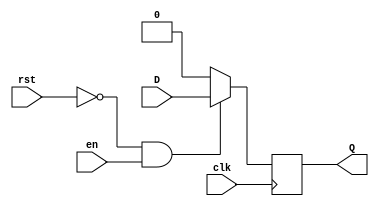
`timescale 1ns / 1ps
//////////////////////////////////////////////////////////////////////////////////
// Company: 
// Engineer: 
// 
// Design Name: 
// Module Name: CB_DFF_syncwrst
// Project Name: 
// Target Devices: 
// Tool Versions: 
// Description: 
// 
// Dependencies: 
// 
// Revision:
// Revision 0.01 - File Created
// Additional Comments:
// 
//////////////////////////////////////////////////////////////////////////////////



module CB_DFF_syncwrst(input D,clk,rst,en,output reg Q);


always @(posedge clk) 
begin
if(~rst & en)
 Q <= D; 
else
 Q <= 1'b0;
end 

endmodule